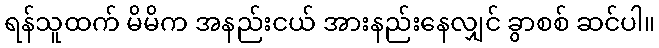
ရန်သူထက် မိမိက အနည်းငယ် အားနည်းနေလျှင် ခွာစစ် ဆင်ပါ။